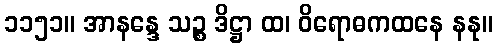
၁၁၅၁။ အာနန္ဒေ သဉ္စ ဒိဋ္ဌာ ထ၊ ဝိရောဓကထနေ နနု။